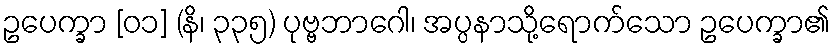
ဥပေက္ခာ [၀၁] (နိ၊ ၃၃၅) ပုဗ္ဗဘာဂေါ၊ အပ္ပနာသို့ရောက်သော ဥပေက္ခာ၏